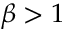
\beta > 1